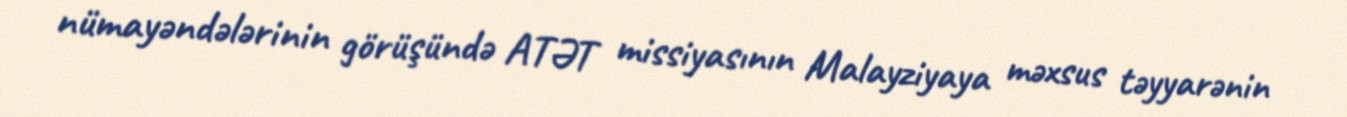
nümayəndələrinin görüşündə ATƏT missiyasının Malayziyaya məxsus təyyarənin